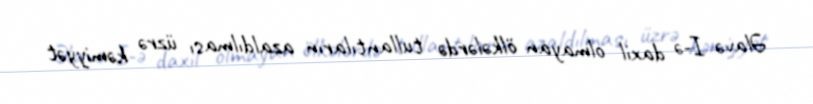
Əlavə I-ə daxil olmayan ölkələrdə tullantıların azaldılması üzrə kəmiyyət